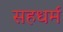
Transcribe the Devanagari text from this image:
सहधर्म